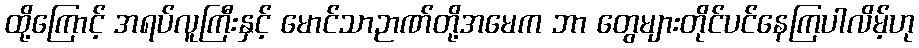
ထို့ကြောင့် အရပ်လူကြီးနှင့် မောင်သာဉာဏ်တို့အမေက ဘာ တွေများတိုင်ပင်နေကြပါလိမ့်ဟု